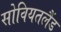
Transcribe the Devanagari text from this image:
सोवियतलैंड